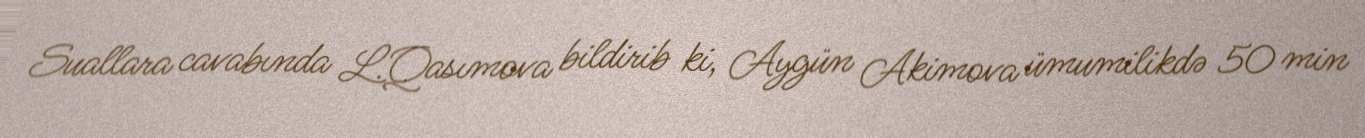
Suallara cavabında L.Qasımova bildirib ki, Aygün Akimova ümumilikdə 50 min